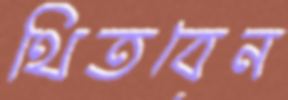
থিতবেন